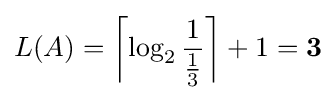
L(A)=\left\lceil \log _{2}{\frac {1}{\frac {1}{3}}}\right\rceil +1=\mathbf {3}